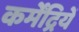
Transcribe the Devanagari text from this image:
कर्मेंद्रियें